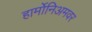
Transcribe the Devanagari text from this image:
हार्मोनिअमवर